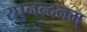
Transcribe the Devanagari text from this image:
रघुनन्दनम्‌